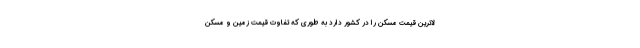
لاترین قیمت مسکن را در کشور دارد به طوری که تفاوت قیمت زمین و مسکن